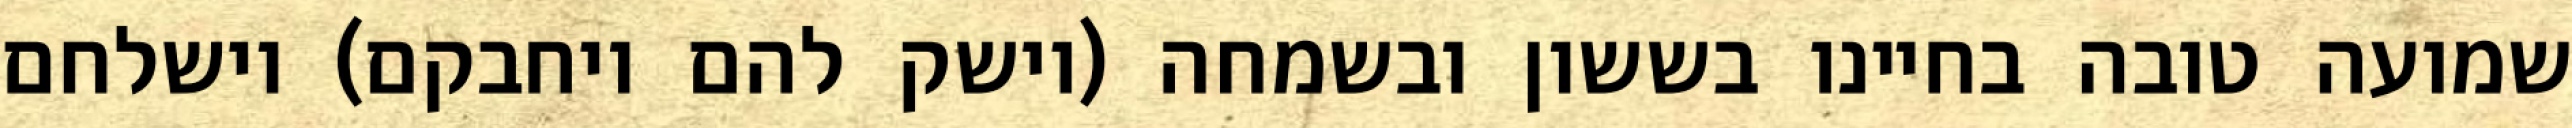
שמועה טובה בחיינו בששון ובשמחה (וישק להם ויחבקם) וישלחם